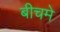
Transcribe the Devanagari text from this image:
बीचमे